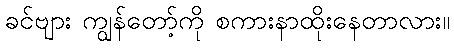
ခင်ဗျား ကျွန်တော့်ကို စကားနာထိုးနေတာလား။